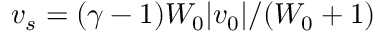
v _ { s } = ( \gamma - 1 ) W _ { 0 } | v _ { 0 } | / ( W _ { 0 } + 1 )